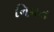
નિયત